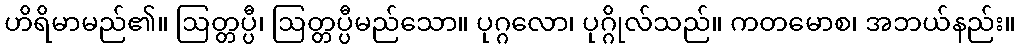
ဟိရိမာမည်၏။ ဩတ္တပ္ပီ၊ ဩတ္တပ္ပီမည်သော။ ပုဂ္ဂလော၊ ပုဂ္ဂိုလ်သည်။ ကတမောစ၊ အဘယ်နည်း။